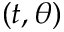
( t , \theta )